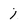
Character: 1